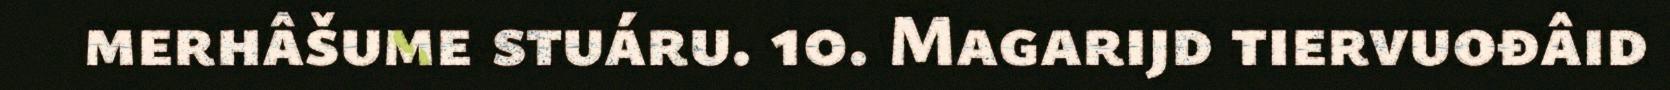
merhâšume stuáru. 10. Magarijd tiervuođâid